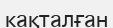
кақталған